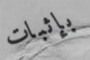
بإثبات